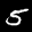
Label: 5